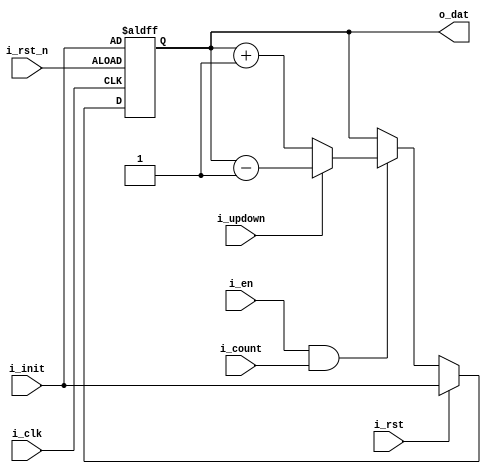
// This program was cloned from: https://github.com/RSPwFPGAs/qemu-hdl-cosim
// License: MIT License


module simple_counter
#(
    parameter   DATW  = 32
)
(
    input                           i_clk
,   input                           i_rst_n

,   input       [        DATW -1:0] i_init
,   input                           i_rst
,   input                           i_en
,   input                           i_count
,   input                           i_updown        // 0:up, 1:down

,   output      [        DATW -1:0] o_dat
);

    //---------------------------------------------------------------------
    // Constant Declarations
    //---------------------------------------------------------------------


    //---------------------------------------------------------------------
    // Reg/Wire
    //---------------------------------------------------------------------

    reg         [        DATW -1:0] r_cnt           , n_cnt             ;
    reg         [        DATW -1:0] cnt_change;

    always@(*)
    begin: COMBO
        cnt_change          = i_updown ? (r_cnt-1) : (r_cnt+1);
        n_cnt               = i_rst             ? i_init     :
                              (i_en & i_count)  ? cnt_change : r_cnt ;
    end // COMBO

    always@(posedge i_clk or negedge i_rst_n)
    begin: FF
        if ( ~i_rst_n ) begin
            r_cnt          <= i_init;
        end
        else begin
            r_cnt          <= n_cnt;
        end
    end // FF

    // Combo Out
    // Const Out
      
    // Reg   Out
    assign o_dat            = r_cnt;

endmodule